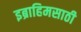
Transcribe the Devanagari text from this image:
इब्राहिमसाठी